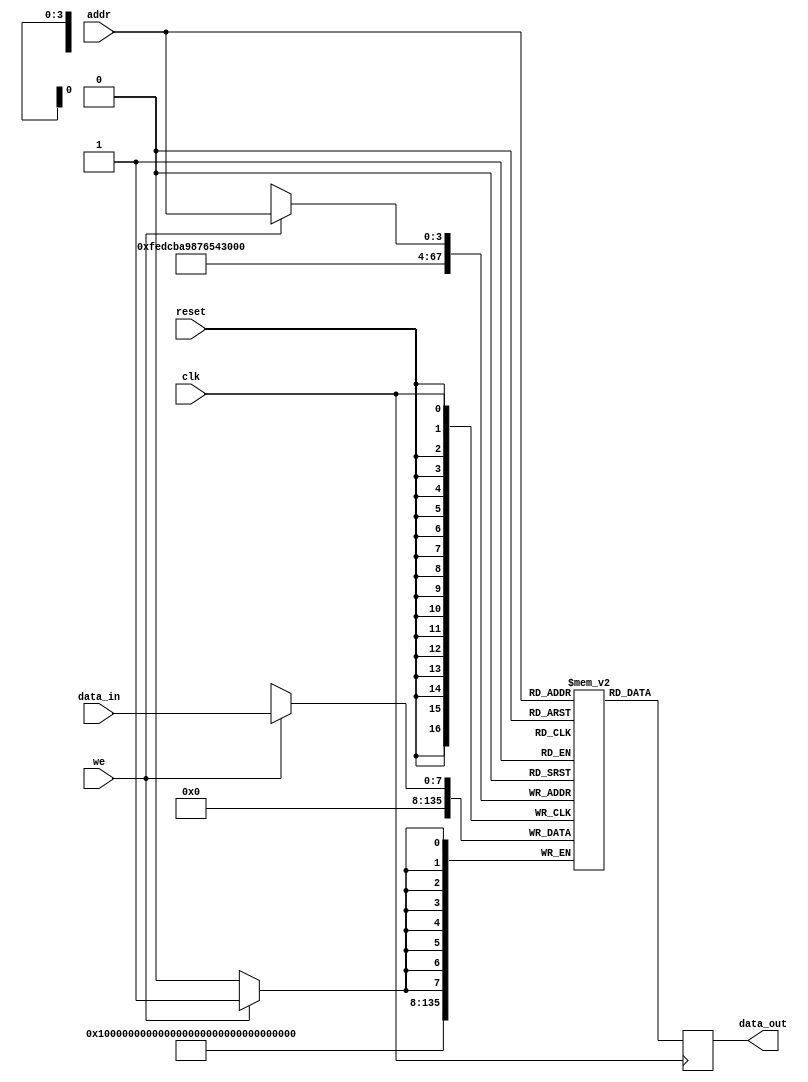
module single_port_ram #(
    parameter DATA_WIDTH = 8,    // Number of bits in each memory word
    parameter ADDR_WIDTH = 4     // Number of address lines
) (
    input wire clk,              // Clock signal
    input wire we,               // Write enable signal
    input wire [ADDR_WIDTH-1:0] addr, // Address input
    input wire [DATA_WIDTH-1:0] data_in, // Input data
    input wire reset,            // Asynchronous reset signal
    output reg [DATA_WIDTH-1:0] data_out // Output data
);

    // Calculate the depth of the RAM
    localparam DEPTH = 1 << ADDR_WIDTH;

    // Memory array declaration
    reg [DATA_WIDTH-1:0] ram [0:DEPTH-1];

    // Asynchronous reset
    integer i;
    always @(posedge reset) begin
        for (i = 0; i < DEPTH; i = i + 1) begin
            ram[i] <= {DATA_WIDTH{1'b0}}; // Initialize memory to zero
        end
    end

    // Read and write operations
    always @(posedge clk) begin
        if (we) begin
            // Write operation
            ram[addr] <= data_in;
        end
        // Read operation
        data_out <= ram[addr];
    end

endmodule